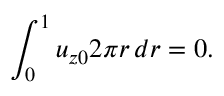
\int _ { 0 } ^ { 1 } u _ { z 0 } 2 \pi r \, d r = 0 .